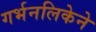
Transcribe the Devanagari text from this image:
गर्भनलिकेने